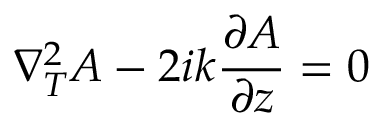
\nabla _ { T } ^ { 2 } A - 2 i k { \frac { \partial A } { \partial z } } = 0